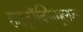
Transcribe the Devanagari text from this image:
हाइड्रॉक्सिमूलक